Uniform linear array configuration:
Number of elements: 48
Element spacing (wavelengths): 0.5
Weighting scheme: kaiser
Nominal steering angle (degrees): -30
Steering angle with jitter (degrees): -28.523
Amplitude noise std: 0.05
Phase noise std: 0.05

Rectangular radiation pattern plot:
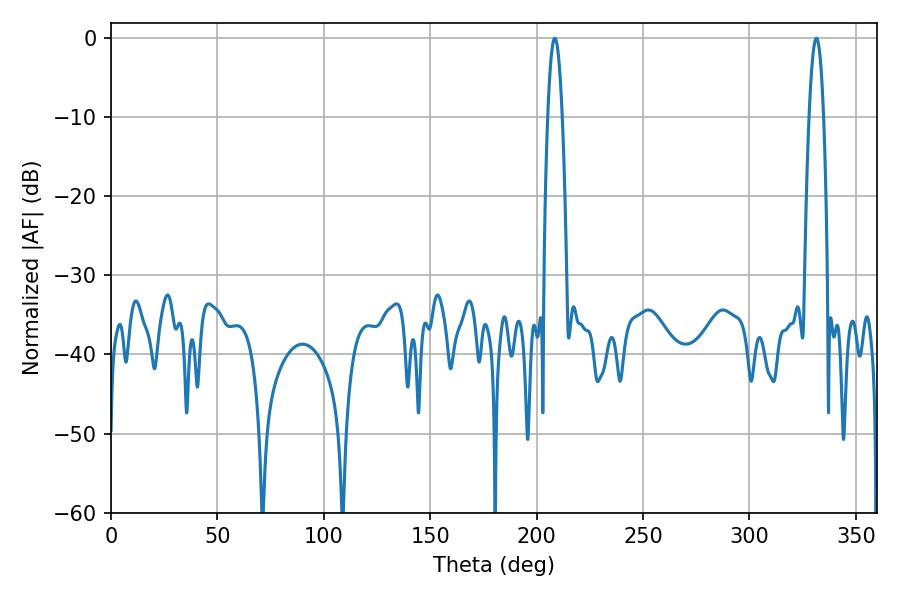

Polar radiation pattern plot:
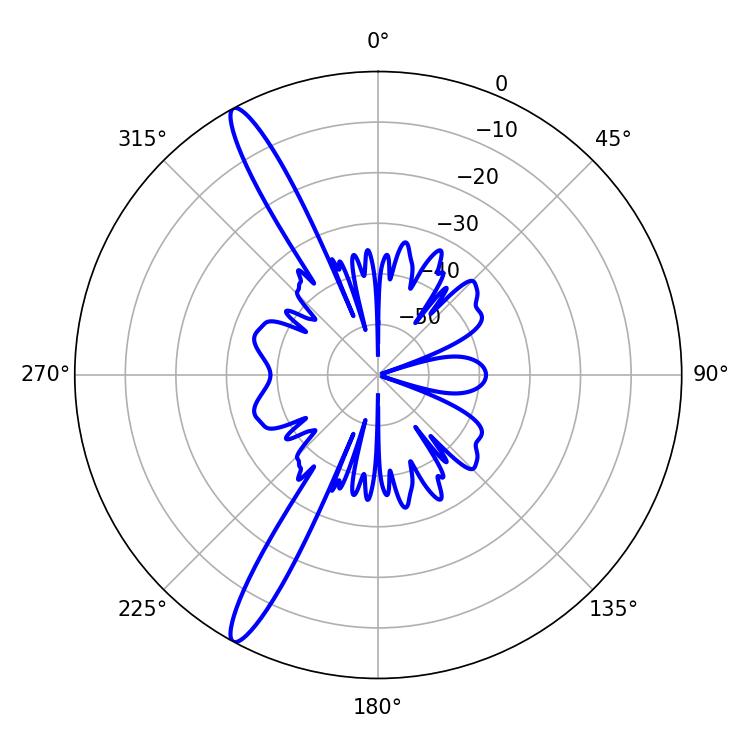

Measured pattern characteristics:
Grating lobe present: FALSE
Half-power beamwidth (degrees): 3.78
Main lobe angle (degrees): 208.62